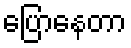
ပြောနေတာ